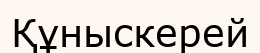
Құныскерей